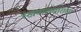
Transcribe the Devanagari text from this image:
रखवालदाराला